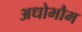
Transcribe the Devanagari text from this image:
अधोभौम